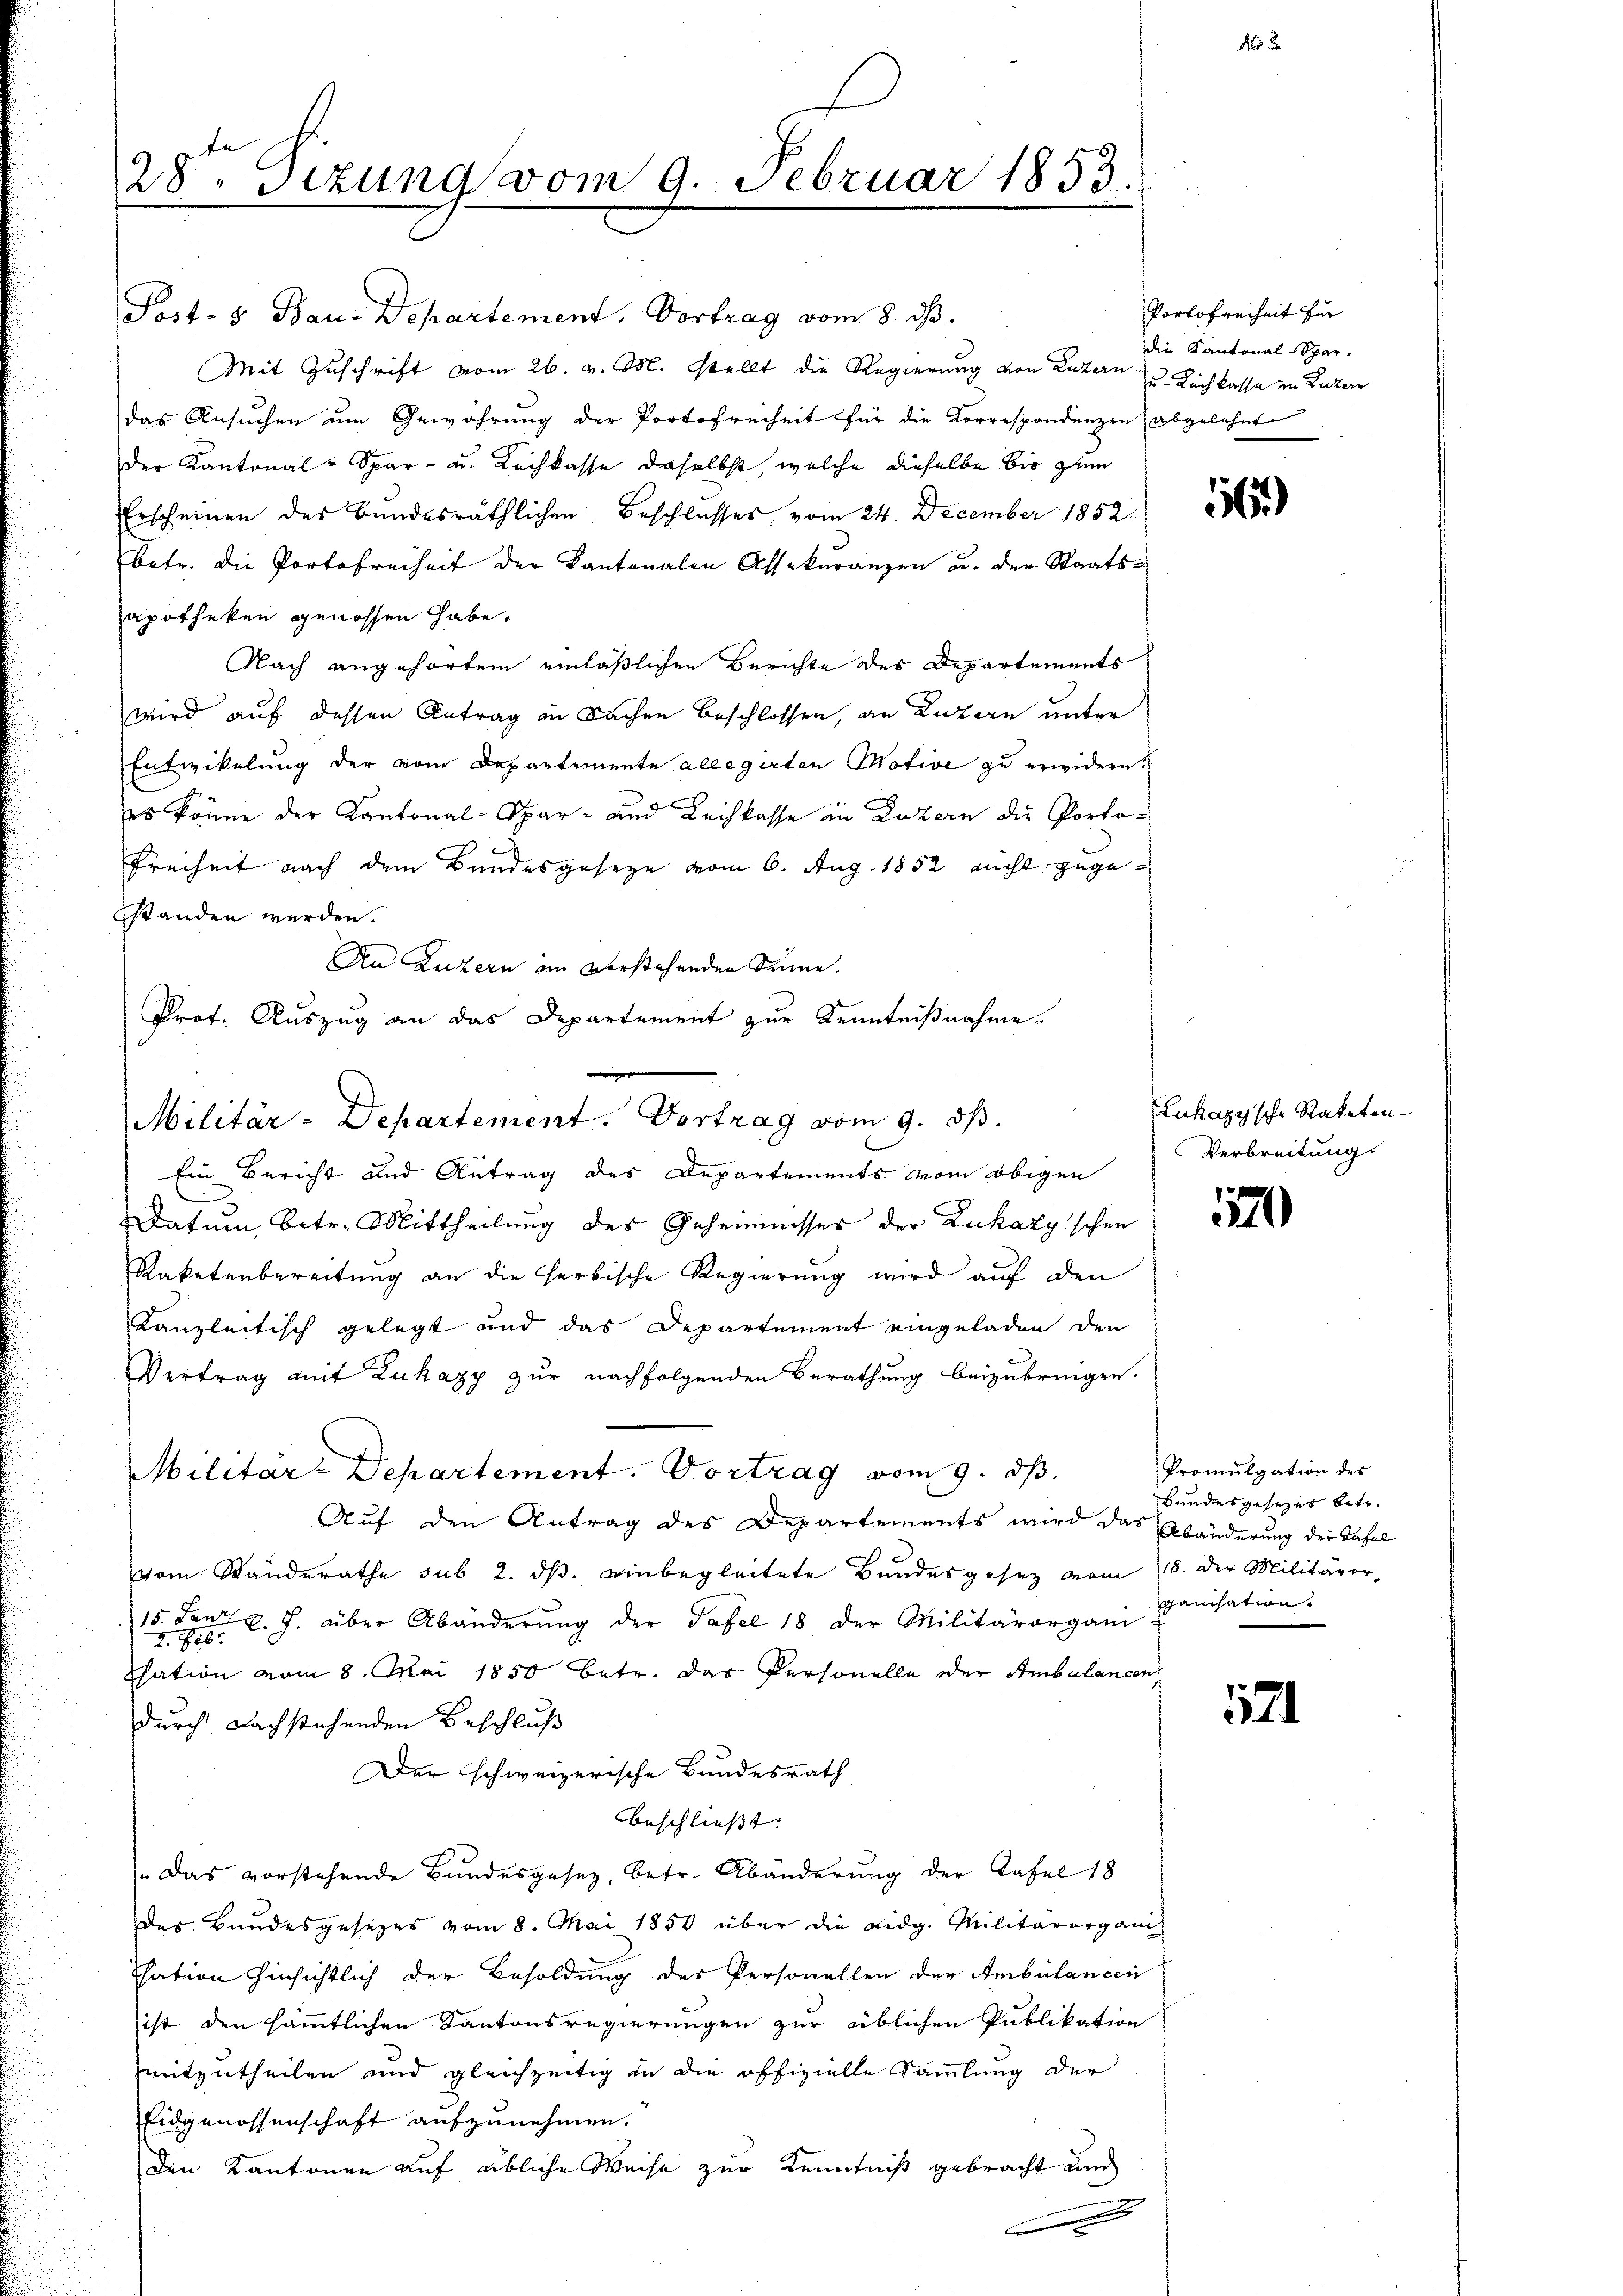
28ten Sizung vom 9. Februar 1853.

Post- & Bau-Departement, Vortrag vom 8. ds.
Mit Zuschrift vom 26. v. M. stellt die Regierung von Luzern zu Luchkasse in Luzern
das Ansuchen um Gewährung der Portofreiheit für die Korrespondenzen abgelehnt
der Kantonal-Spar- u. Kuchkasse daselbst, welche dieselbe bis zum
Erscheinen des Bundesräthlichen Beschlusses vom 24. December 1852.
betr. die Portofreiheit der Kantonalen Assekuranzen u. der Staatsapotheken genossen habe.
Nach angehörtem einläßlichen Berichte des Departements
wird auf dessen Antrag an Sachen beschlossen, an Luzern unter
Entwickelung der vom Departemente allegirten Motive zu erwidern.
es könne der Kantonal-Spar- und Leihkasse in Luzern die Porto¬
Freiheit nach dem Bundesgeseze vom 6. Aug. 1852 nicht zugestanden werden.
Datum, betr. Mittheilung des Geheimnisses der Zukazy'schen
Raketenbereitung an die herbische Regierung wird auf den
Kanzleitisch gelegt und das Departement eingeladen den
Vertrag mit Zuhazy zur nachfolgenden Berathung beizubringen.
Militäre Departement. Vortrag vom 9. ds.
Auf den Antrag des Departements wird das Abänderung der Tafel
vom Standerathe sub 2. ds. einbegleitete Bundesgesetz vom 18. der Militäror
15. Lanz v. J. über Abänderung der Tafel 18 der Militärorgani
2. Eis:
Ehation vom 8. Mai 1850 betr. das Personelle oder Ambulancon
durch nachstehenden Beschluß
Der schweizerische Bundesrath
beschließt:
Das vorstehende Bundesgesetz, betr. Abänderung der Tafel 18
des Bundesgesezes vom 8. Mai 1850 über die eidg. Militärorgani
Tation hinsichtlich der Besoldung des Personellen der Ambülancen
ist den sämmtlichen Kantonsregierungen zur üblichen Publikation
mitzutheilen und gleichzeitig in die offizielle Sammlung der
Eidgenossenschaft aufzunehmen.
den Kantonen auf übliche Weise zur Kenntniß gebracht und
.

An Luzern im verstehenden Sinne.
Prof. Auszug an das Departement zur Kenntnißnahme.
Militär-Departement. Vortrag vom 9. ds.
Ein Bericht und Antrag des Departements vom obigen

n

Portofreiheit für
die Kantonal Spar-

565

Lukagysche Rateten
Verbreitung.

1170

521

Promulgation des
Bundesgesezes betr.
ganisation.